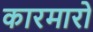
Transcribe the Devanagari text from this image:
कारमारो